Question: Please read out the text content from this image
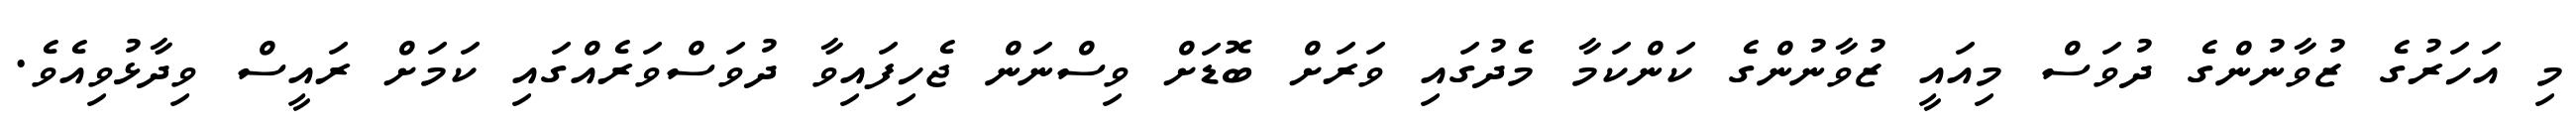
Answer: މި އަހަރުގެ ޒުވާނުންގެ ދުވަސް މިއައީ ޒުވާނުންގެ ކަންކަމާ މެދުގައި ވަރަށް ބޮޑަށް ވިސްނަން ޖެހިފައިވާ ދުވަސްވަރެއްގައި ކަމަށް ރައީސް ވިދާޅުވިއެވެ.